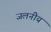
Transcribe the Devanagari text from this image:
जलनीय